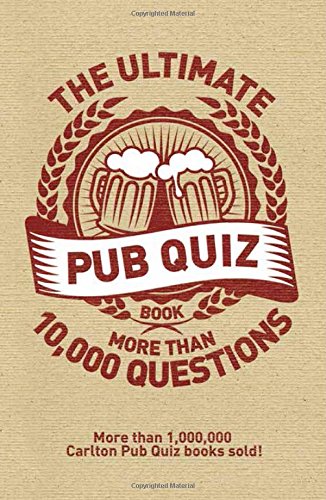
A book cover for The Ultimate Pub Quiz Book: More than 10,000 Questions; Roy Preston; Humor & Entertainment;